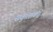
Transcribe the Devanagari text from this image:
संकुलाकडे